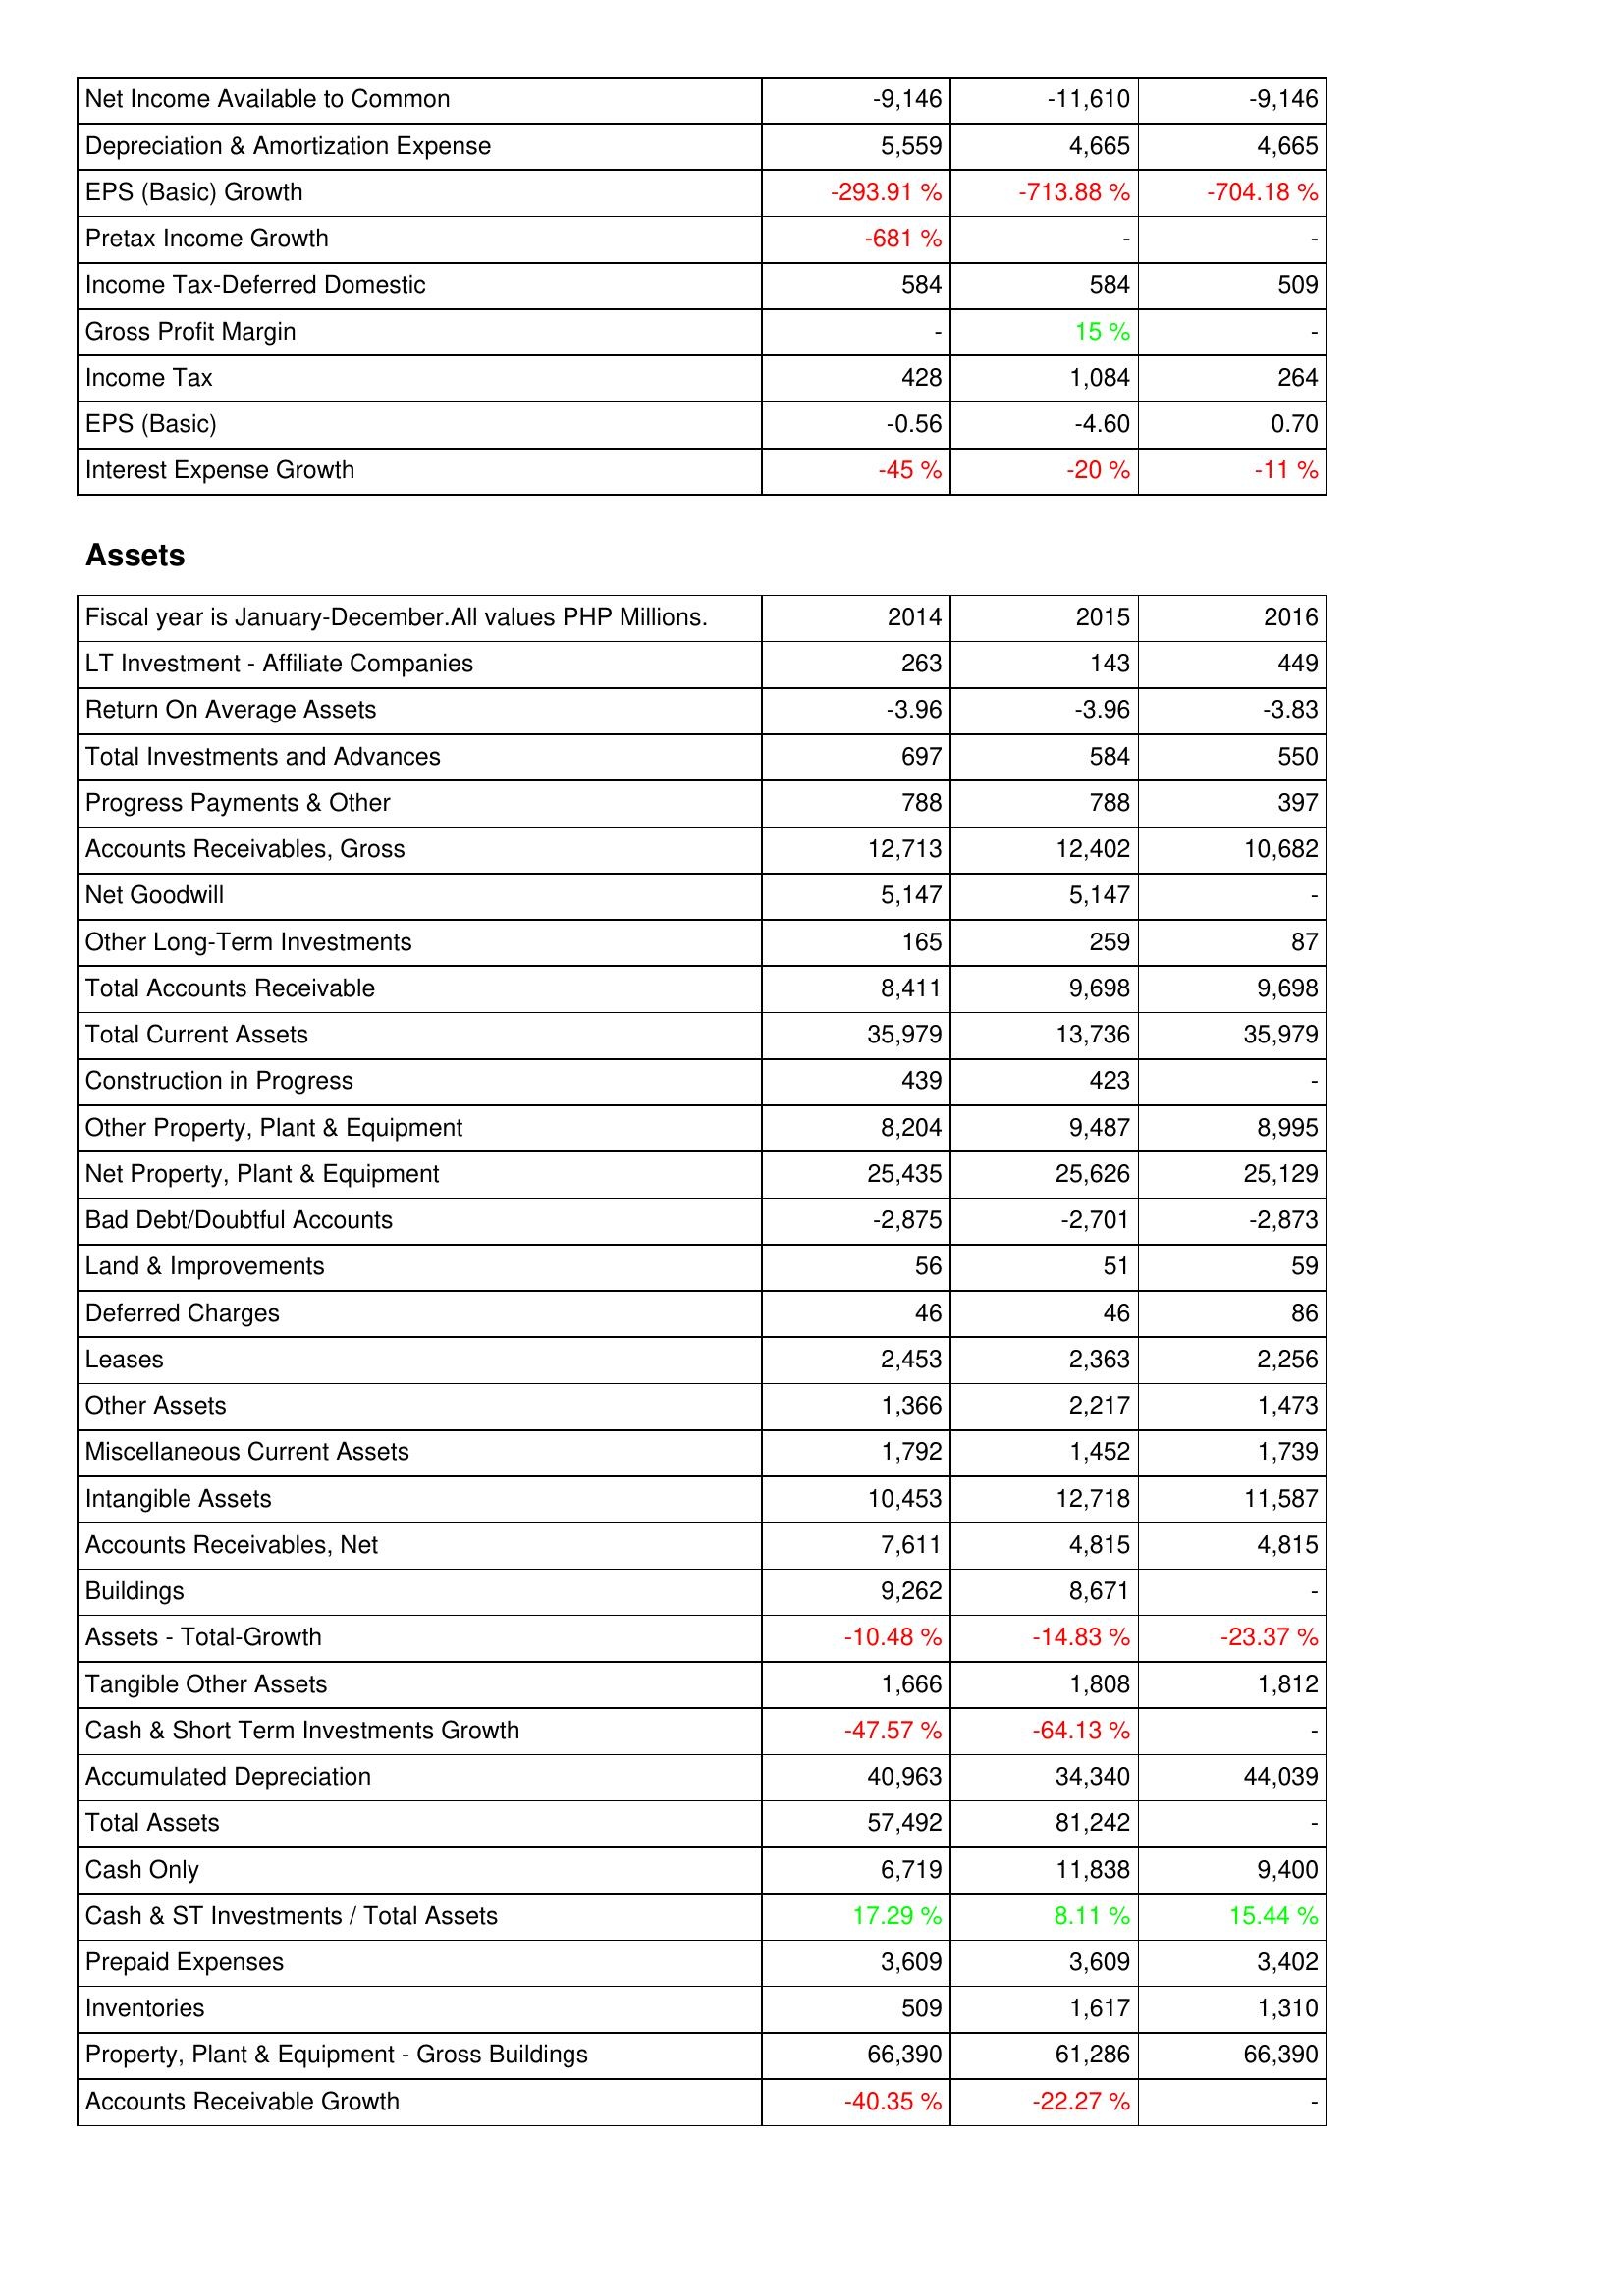
2014: Income Statement: Net Income Available to Common: -9,146
Depreciation & Amortization Expense: 5,559
EPS (Basic) Growth: -293.91 %
Pretax Income Growth: -681 %
Income Tax-Deferred Domestic: 584
Gross Profit Margin: -
Income Tax: 428
EPS (Basic): -0.56
Interest Expense Growth: -45 %
Assets: LT Investment - Affiliate Companies: 263
Return On Average Assets: -3.96
Total Investments and Advances: 697
Progress Payments & Other: 788
Accounts Receivables, Gross: 12,713
Net Goodwill: 5,147
Other Long-Term Investments: 165
Total Accounts Receivable: 8,411
Total Current Assets: 35,979
Construction in Progress: 439
Other Property, Plant & Equipment: 8,204
Net Property, Plant & Equipment: 25,435
Bad Debt/Doubtful Accounts: -2,875
Land & Improvements: 56
Deferred Charges: 46
Leases: 2,453
Other Assets: 1,366
Miscellaneous Current Assets: 1,792
Intangible Assets: 10,453
Accounts Receivables, Net: 7,611
Buildings: 9,262
Assets - Total-Growth: -10.48 %
Tangible Other Assets: 1,666
Cash & Short Term Investments Growth: -47.57 %
Accumulated Depreciation: 40,963
Total Assets: 57,492
Cash Only: 6,719
Cash & ST Investments / Total Assets: 17.29 %
Prepaid Expenses: 3,609
Inventories: 509
Property, Plant & Equipment - Gross Buildings: 66,390
Accounts Receivable Growth: -40.35 %
2015: Income Statement: Net Income Available to Common: -11,610
Depreciation & Amortization Expense: 4,665
EPS (Basic) Growth: -713.88 %
Pretax Income Growth: -
Income Tax-Deferred Domestic: 584
Gross Profit Margin: 15 %
Income Tax: 1,084
EPS (Basic): -4.60
Interest Expense Growth: -20 %
Assets: LT Investment - Affiliate Companies: 143
Return On Average Assets: -3.96
Total Investments and Advances: 584
Progress Payments & Other: 788
Accounts Receivables, Gross: 12,402
Net Goodwill: 5,147
Other Long-Term Investments: 259
Total Accounts Receivable: 9,698
Total Current Assets: 13,736
Construction in Progress: 423
Other Property, Plant & Equipment: 9,487
Net Property, Plant & Equipment: 25,626
Bad Debt/Doubtful Accounts: -2,701
Land & Improvements: 51
Deferred Charges: 46
Leases: 2,363
Other Assets: 2,217
Miscellaneous Current Assets: 1,452
Intangible Assets: 12,718
Accounts Receivables, Net: 4,815
Buildings: 8,671
Assets - Total-Growth: -14.83 %
Tangible Other Assets: 1,808
Cash & Short Term Investments Growth: -64.13 %
Accumulated Depreciation: 34,340
Total Assets: 81,242
Cash Only: 11,838
Cash & ST Investments / Total Assets: 8.11 %
Prepaid Expenses: 3,609
Inventories: 1,617
Property, Plant & Equipment - Gross Buildings: 61,286
Accounts Receivable Growth: -22.27 %
2016: Income Statement: Net Income Available to Common: -9,146
Depreciation & Amortization Expense: 4,665
EPS (Basic) Growth: -704.18 %
Pretax Income Growth: -
Income Tax-Deferred Domestic: 509
Gross Profit Margin: -
Income Tax: 264
EPS (Basic): 0.70
Interest Expense Growth: -11 %
Assets: LT Investment - Affiliate Companies: 449
Return On Average Assets: -3.83
Total Investments and Advances: 550
Progress Payments & Other: 397
Accounts Receivables, Gross: 10,682
Net Goodwill: -
Other Long-Term Investments: 87
Total Accounts Receivable: 9,698
Total Current Assets: 35,979
Construction in Progress: -
Other Property, Plant & Equipment: 8,995
Net Property, Plant & Equipment: 25,129
Bad Debt/Doubtful Accounts: -2,873
Land & Improvements: 59
Deferred Charges: 86
Leases: 2,256
Other Assets: 1,473
Miscellaneous Current Assets: 1,739
Intangible Assets: 11,587
Accounts Receivables, Net: 4,815
Buildings: -
Assets - Total-Growth: -23.37 %
Tangible Other Assets: 1,812
Cash & Short Term Investments Growth: -
Accumulated Depreciation: 44,039
Total Assets: -
Cash Only: 9,400
Cash & ST Investments / Total Assets: 15.44 %
Prepaid Expenses: 3,402
Inventories: 1,310
Property, Plant & Equipment - Gross Buildings: 66,390
Accounts Receivable Growth: -